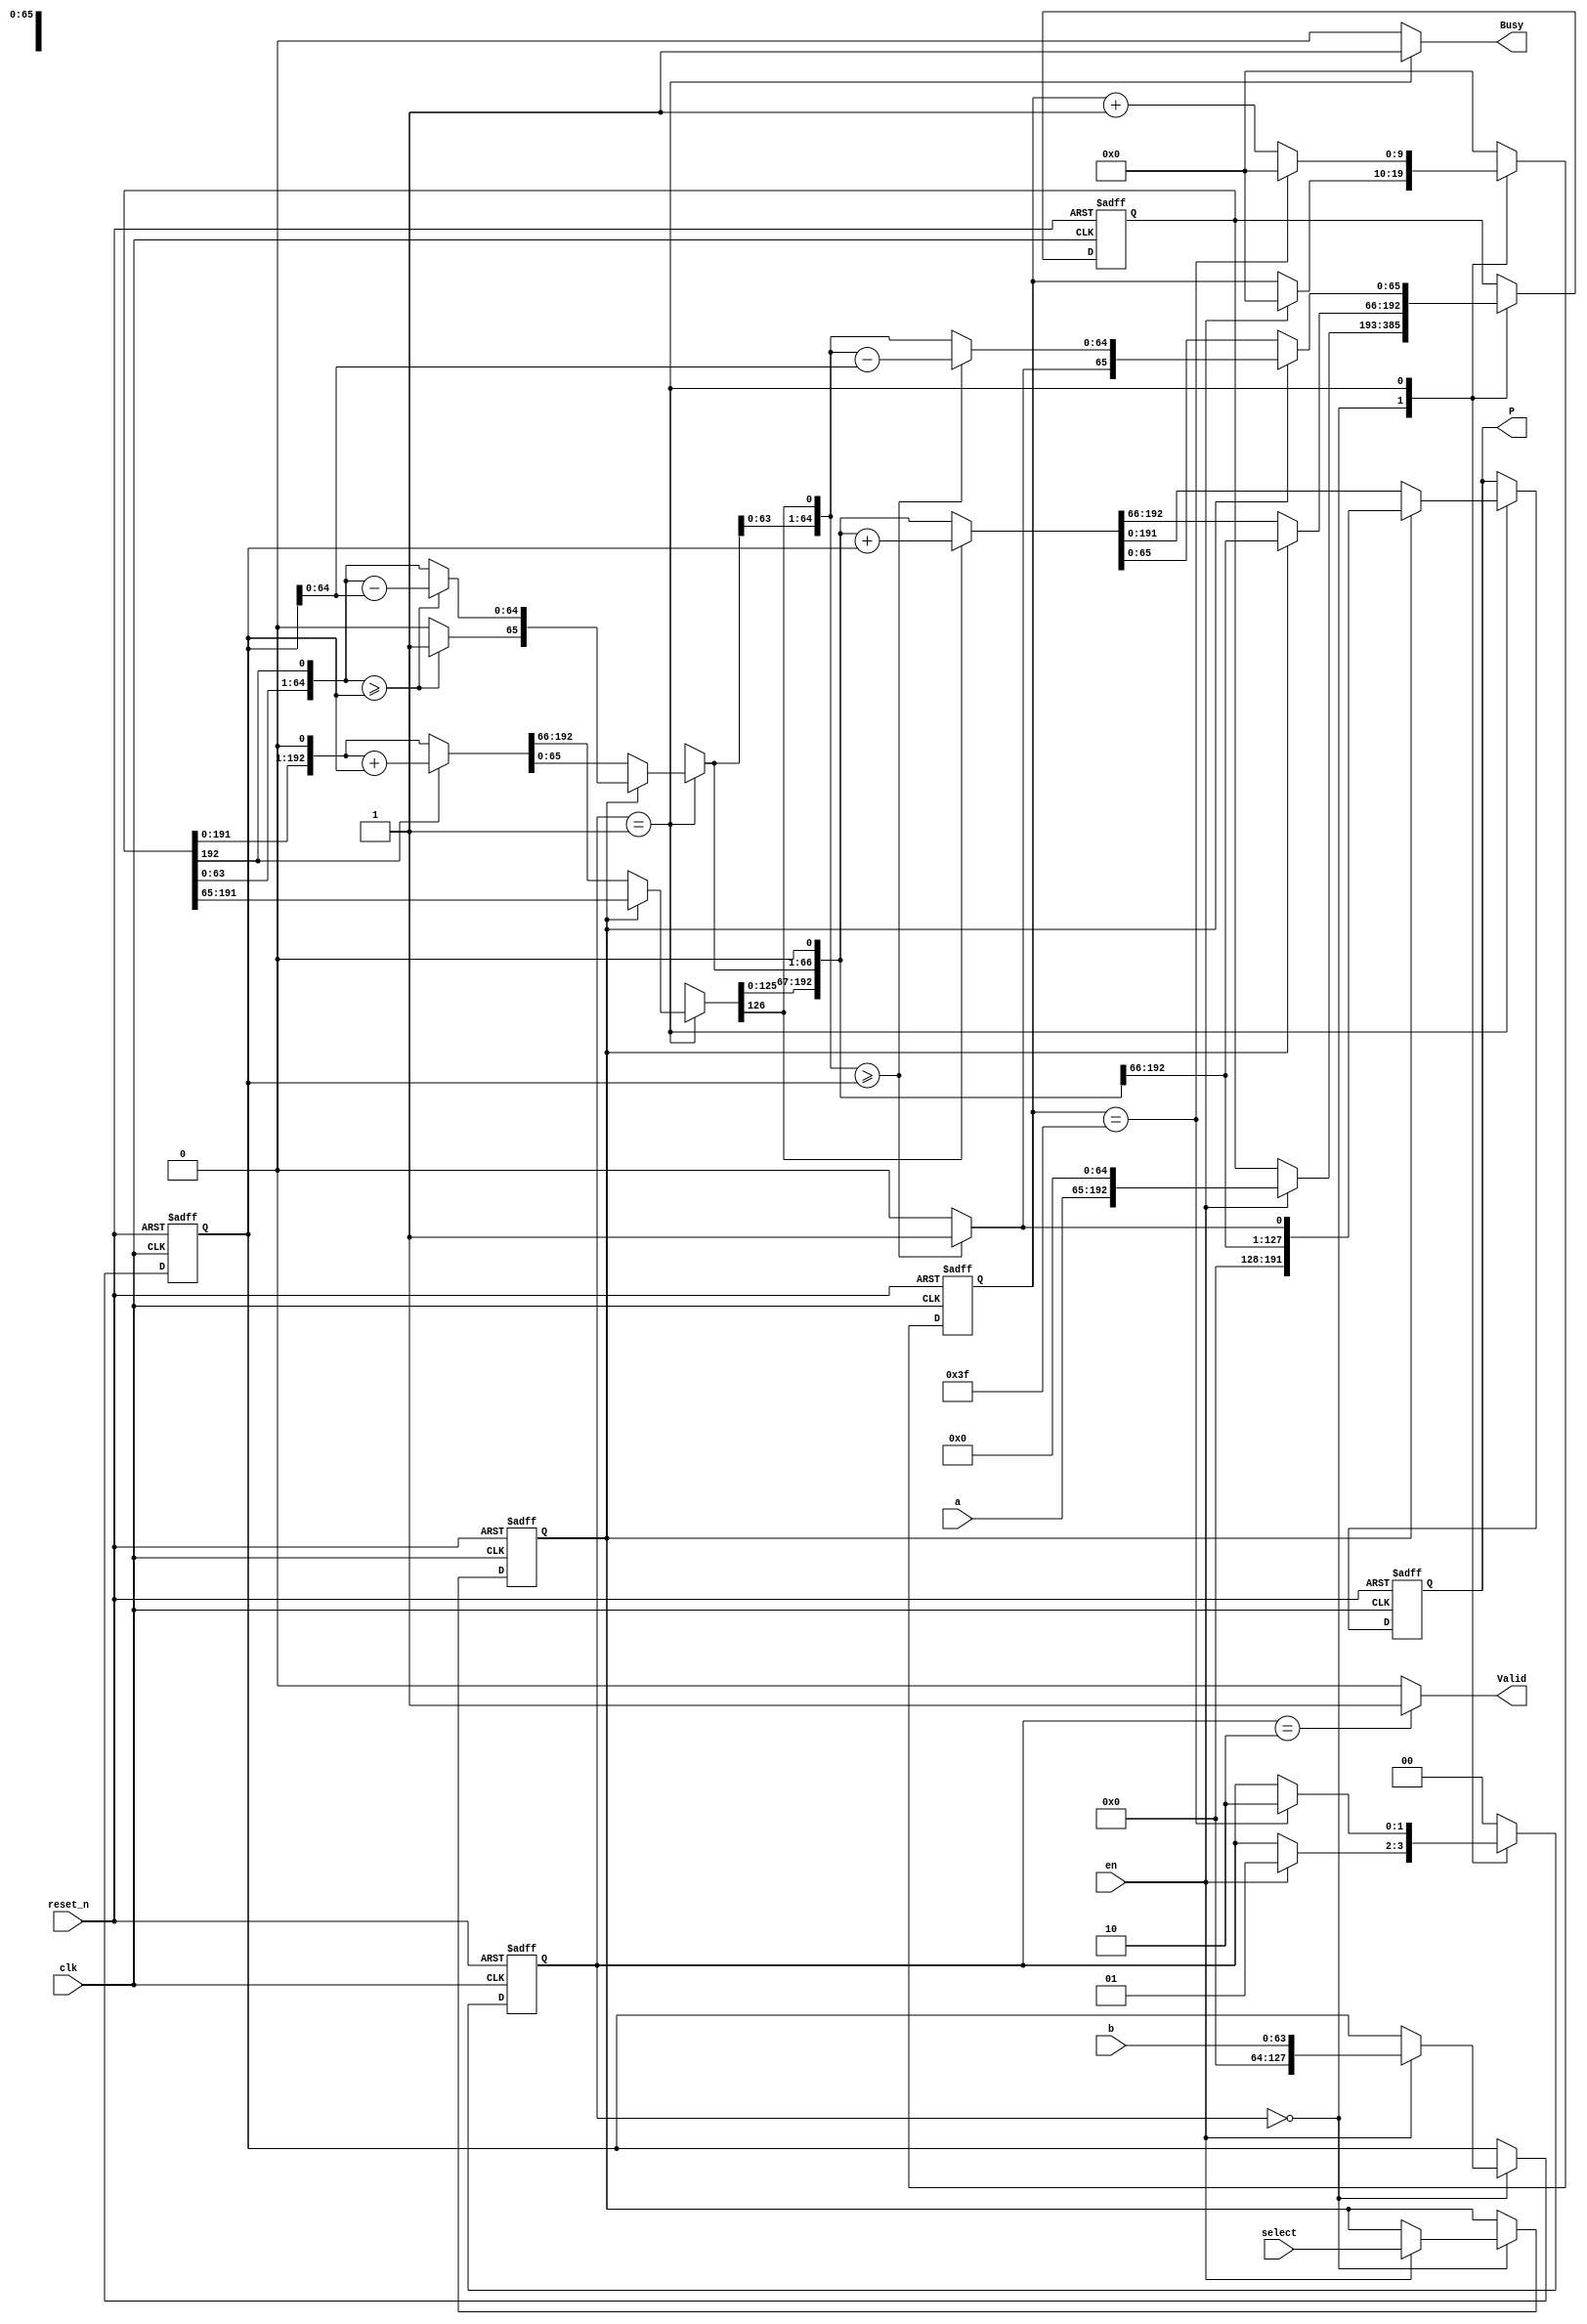

// File Name:
//  mulit_div.v
//
// Interface:
//  
//  Author:
//    CHONG-HAO XU
//
//  Descritpion:
//    select: multi : 0
//            div   : 1   
//    

module multi_div
#(
  parameter SIZE_A = 128,
  parameter SIZE_B = 64,
  parameter FAST_MODE = 2
)(
  input wire clk,reset_n,
  input wire en,
  input wire select,
  input wire [SIZE_A-1:0] a,
  input wire [SIZE_B-1:0] b,
  output reg [SIZE_A+SIZE_B-1:0] P,
  output reg Valid,
  output reg Busy
);

  parameter READ_IN   = 0,
            CALCULATE = 1,
            DATA_OUT  = 2;


  reg [1:0] state;
  reg [9:0] state_counter;
  
  reg [SIZE_A-1:0] data_b;
  reg [SIZE_A+SIZE_B:0] r;  //a + 1'b0 + SIZE_B'b0

  always@(*)begin
    Valid <= (state == DATA_OUT) ? 1'b1:1'b0;
    Busy  <= (state == CALCULATE) ? 1'b1:1'b0;
  end


  always@(posedge clk or negedge reset_n)begin
    if(~reset_n)begin
      state <= READ_IN;
      state_counter <= 0;
    end else begin
      case(state)
        
        
        READ_IN   :begin
          if(en)begin
            state <= CALCULATE;
            state_counter <= 0;
          end  
        end
        
        
        
        
        CALCULATE :begin
          

          if(state_counter == (SIZE_A/FAST_MODE)-1)begin
            state <= DATA_OUT;
            state_counter <= 0;
          end
          else begin
            state_counter <= state_counter + 1;
          end

        end
        
        
        
        
        DATA_OUT  :begin
          state <= READ_IN;
          state_counter <= 0;
        end
        
        
        default begin
          state <= READ_IN;
          state_counter <= 0;
        end

      endcase
    end
  end



  
  reg in_select;
  integer i;
  always@(posedge clk or negedge reset_n)begin
    if(~reset_n)begin
      r = 0;
      data_b = 0;
      in_select = 0;
			P = 0;
    end else begin


      case(state)
        
        READ_IN   :begin
          if(en)begin
            r = {a,1'b0,{SIZE_B{1'b0}}};
            data_b = b;
            in_select = select;
          end  
        end
        
        
        
        
        CALCULATE :begin

          for(i=0;i<FAST_MODE;i=i+1)begin 
            if(in_select)begin // Div

              r = {r[SIZE_A+SIZE_B-1:0],r[SIZE_A+SIZE_B]};
              if( r[SIZE_B:0] >= data_b)begin
                r[SIZE_B+1] = 1;
                r[SIZE_B:0] = r[SIZE_B:0] - data_b;
              end
              else r[SIZE_B+1] = 0;
              //$display("R:%b",r);
              P = r[ (SIZE_A+SIZE_B) -: SIZE_A];
            end
            else begin //Multi

              r = r[SIZE_A+SIZE_B] ? ((r<<1)+data_b) : (r<<1);
              P = r[SIZE_A+SIZE_B-1:0];

              //$display("r:%b",r);

            end 
          end
        end

      endcase
    end
  end




endmodule